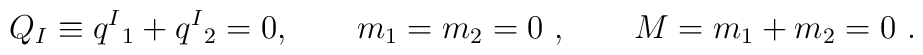
Q_I \equiv   q ^I{}_1 +  q ^I{}_2 = 0 , \qquad  m_1=m_2 = 0 \ , \qquad M=  m_1+ m_2 =0 \ .